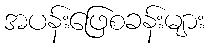
အပန်းဖြေစခန်းများ